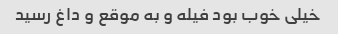
خیلی خوب بود فیله و به موقع و داغ رسید